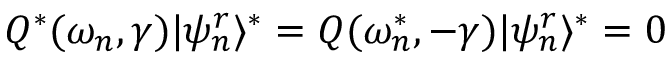
Q ^ { * } ( \omega _ { n } , \gamma ) | \psi _ { n } ^ { r } \rangle ^ { * } = Q ( \omega _ { n } ^ { * } , - \gamma ) | \psi _ { n } ^ { r } \rangle ^ { * } = 0